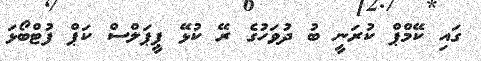
ގައި ކޭމްޕް ކުރަނީ ބު ދުވަހުގެ ރޭ ކުޅޭ ޕީޕަލްސް ކަޕް ފުޓްބޯޅަ